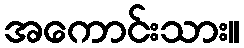
အကောင်းသား။